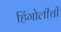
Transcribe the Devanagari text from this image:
हिंगोलीची